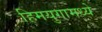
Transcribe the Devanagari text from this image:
हिमयुगामध्ये